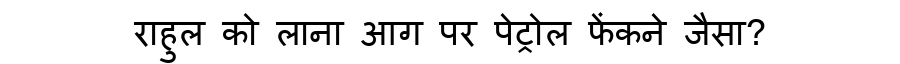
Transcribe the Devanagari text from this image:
राहुल को लाना आग पर पेट्रोल फेंकने जैसा?